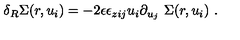
\delta _ { R } \Sigma ( r , u _ { i } ) = - 2 \epsilon \epsilon _ { z i j } u _ { i } \partial _ { u _ { j } } \ \Sigma ( r , u _ { i } ) \ .